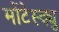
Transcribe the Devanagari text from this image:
मोंटेस्क्यु